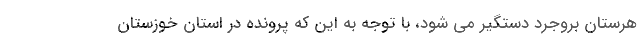
هرستان بروجرد دستگیر می شود، با توجه به این که پرونده در استان خوزستان